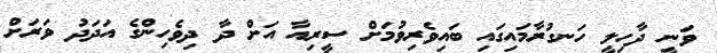
ވަނީ ދާހިލީ ހަނގުރާމައިގައި ބައިވެރިވުމަށް ސީރިއާ އަށް ދާ ދިވެހިންގެ އަދަދު ވަރަށް